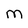
Character: M